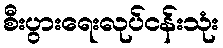
စီးပွားရေးလုပ်ငန်းသုံး